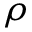
\rho